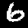
Digit: 6